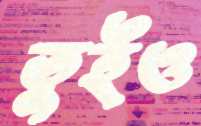
তুইও